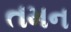
તમન